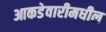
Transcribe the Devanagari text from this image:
आकडेवारीमधील